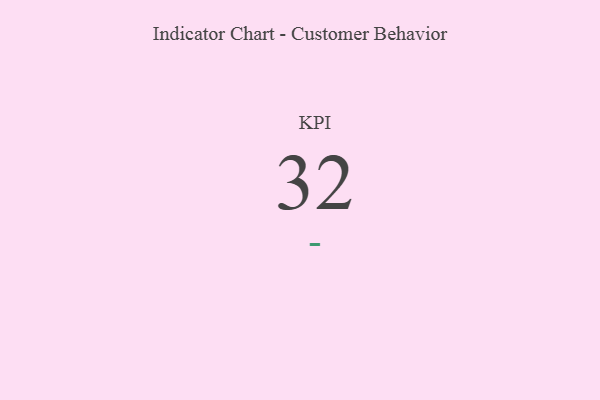
{"axis": {"x": "KPI", "y": "Value"}, "legend": [""], "data": [{"x": "KPI", "y": 32, "type": ""}]}